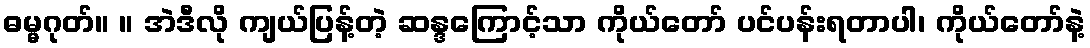
ဓမ္မဂုတ်။ ။ အဲဒီလို ကျယ်ပြန့်တဲ့ ဆန္ဒကြောင့်သာ ကိုယ်တော် ပင်ပန်းရတာပါ၊ ကိုယ်တော်နဲ့